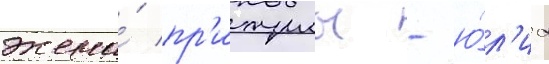
жена́ пр'итулы - ю́л'иа